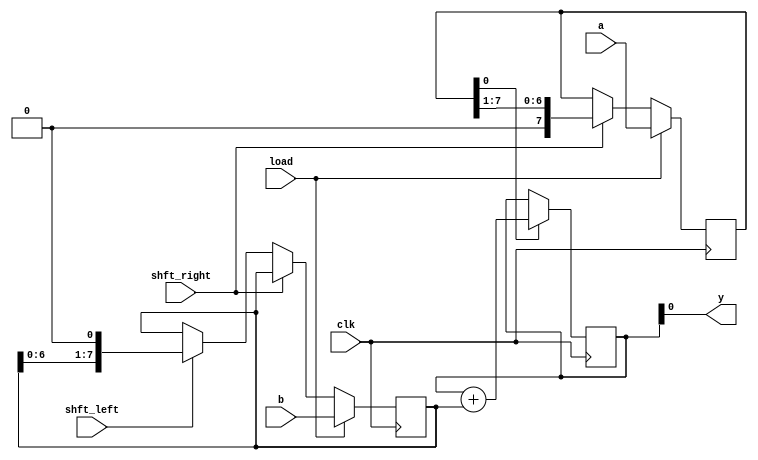
`timescale 1ns / 1ps
//////////////////////////////////////////////////////////////////////////////////
// Company: 
// Engineer: 
// 
// Design Name: 
// Module Name: mid_18_2
// Project Name: 
// Target Devices: 
// Tool Versions: 
// Description: 
// 
// Dependencies: 
// 
// Revision:
// Revision 0.01 - File Created
// Additional Comments:
// 
//////////////////////////////////////////////////////////////////////////////////


module mid_18_2
#(parameter W=8, N=8)
(
input wire load, clk, shft_left, shft_right,
input wire [W-1:0] a, b,
output wire y
);
wire write;
wire op_a;
wire [W-1:0] op_b;
reg [W-1:0] op_reg;
reg [W-1:0] shft_reg_left, shft_reg_right;
wire [W-1:0] adder;
reg [W-1:0] op_c;

always @(posedge clk)
begin
if (load)
begin
shft_reg_right <= a;
shft_reg_left <= b;
end
else if (shft_right)
shft_reg_right <= {1'b0, shft_reg_right[W-1:1]};
else if (shft_left)
shft_reg_left <= {shft_reg_left[W-2:0], 1'b0};
end

assign op_a = shft_reg_right[0];
assign op_b = shft_reg_left;

assign write = (op_a == 1'b1); 

//alternative for 3rd reg
//always @(posedge clk)
//begin
//if (write)
//op_c <= adder;
//end

//assign adder = op_reg + op_b;
//assign op_reg = adder;
//assign y = op_reg;

// alternative for 3rd register
always @(posedge clk)
begin
if (write)
op_reg <= op_reg + op_b;
end

assign y = op_reg;


endmodule